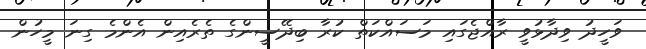
ވަހީދު ވިދާޅުވީ ރާއްޖެގައި މަސައްކަތް ކުރާ ބިދޭސީންގެ ތެރެއިން އެންމެ ގިނަ މީހުން